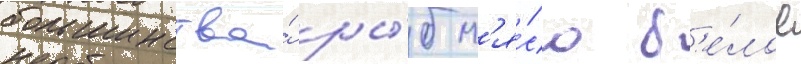
большинства́ ры́б м'я́со б'е́лое